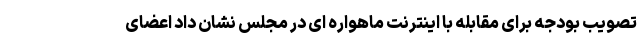
تصویب بودجه برای مقابله با اینترنت ماهواره ای در مجلس نشان داد اعضای